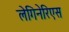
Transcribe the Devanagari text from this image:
लेगिनेरिएस